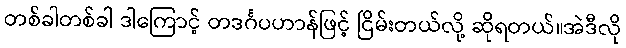
တစ်ခါတစ်ခါ ဒါကြောင့် တဒင်္ဂပဟာန်ဖြင့် ငြိမ်းတယ်လို့ ဆိုရတယ်။အဲဒီလို